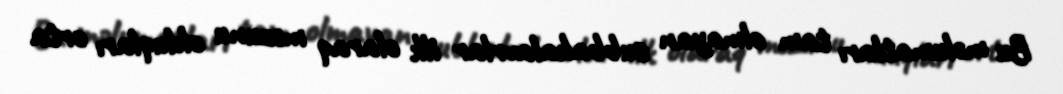
Bu məlumatları tam olmayan subbakalavrlar ilk olaraq məzunu olduqları orta